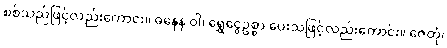
စစ်သည်ဖြင့်လည်းကောင်း။ ဓနေန ဝါ၊ ရွှေငွေဥစ္စာ ပေးသဖြင့်လည်းကောင်း။ ဇေတုံ၊